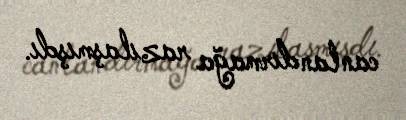
canlandırmağa razılaşmışdı.